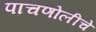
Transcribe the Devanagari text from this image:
पाचणोलीचे